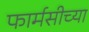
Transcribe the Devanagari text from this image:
फार्मसीच्या